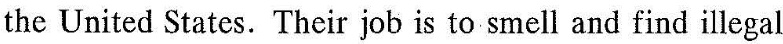
the United States. Their job is to smell and find illcga